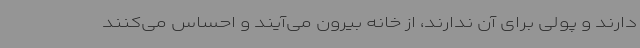
دارند و پولی برای آن ندارند، از خانه بیرون می‌آیند و احساس می‌کنند